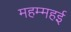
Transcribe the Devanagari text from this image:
महम्महई